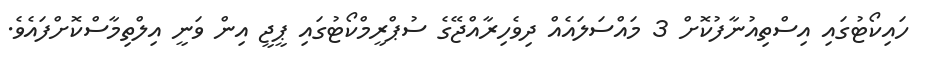
ހައިކޯޓުގައި އިސްތިއުނާފުކޮށް 3 މައްސަލައެއް ދިވެހިރާއްޖޭގެ ސުޕްރީމްކޯޓުގައި ޕީޖީ އިން ވަނީ އިލްތިމާސްކޮށްފައެވެ.